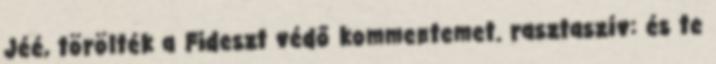
Jéé, törölték a Fideszt védő kommentemet. rasztaszív: és te